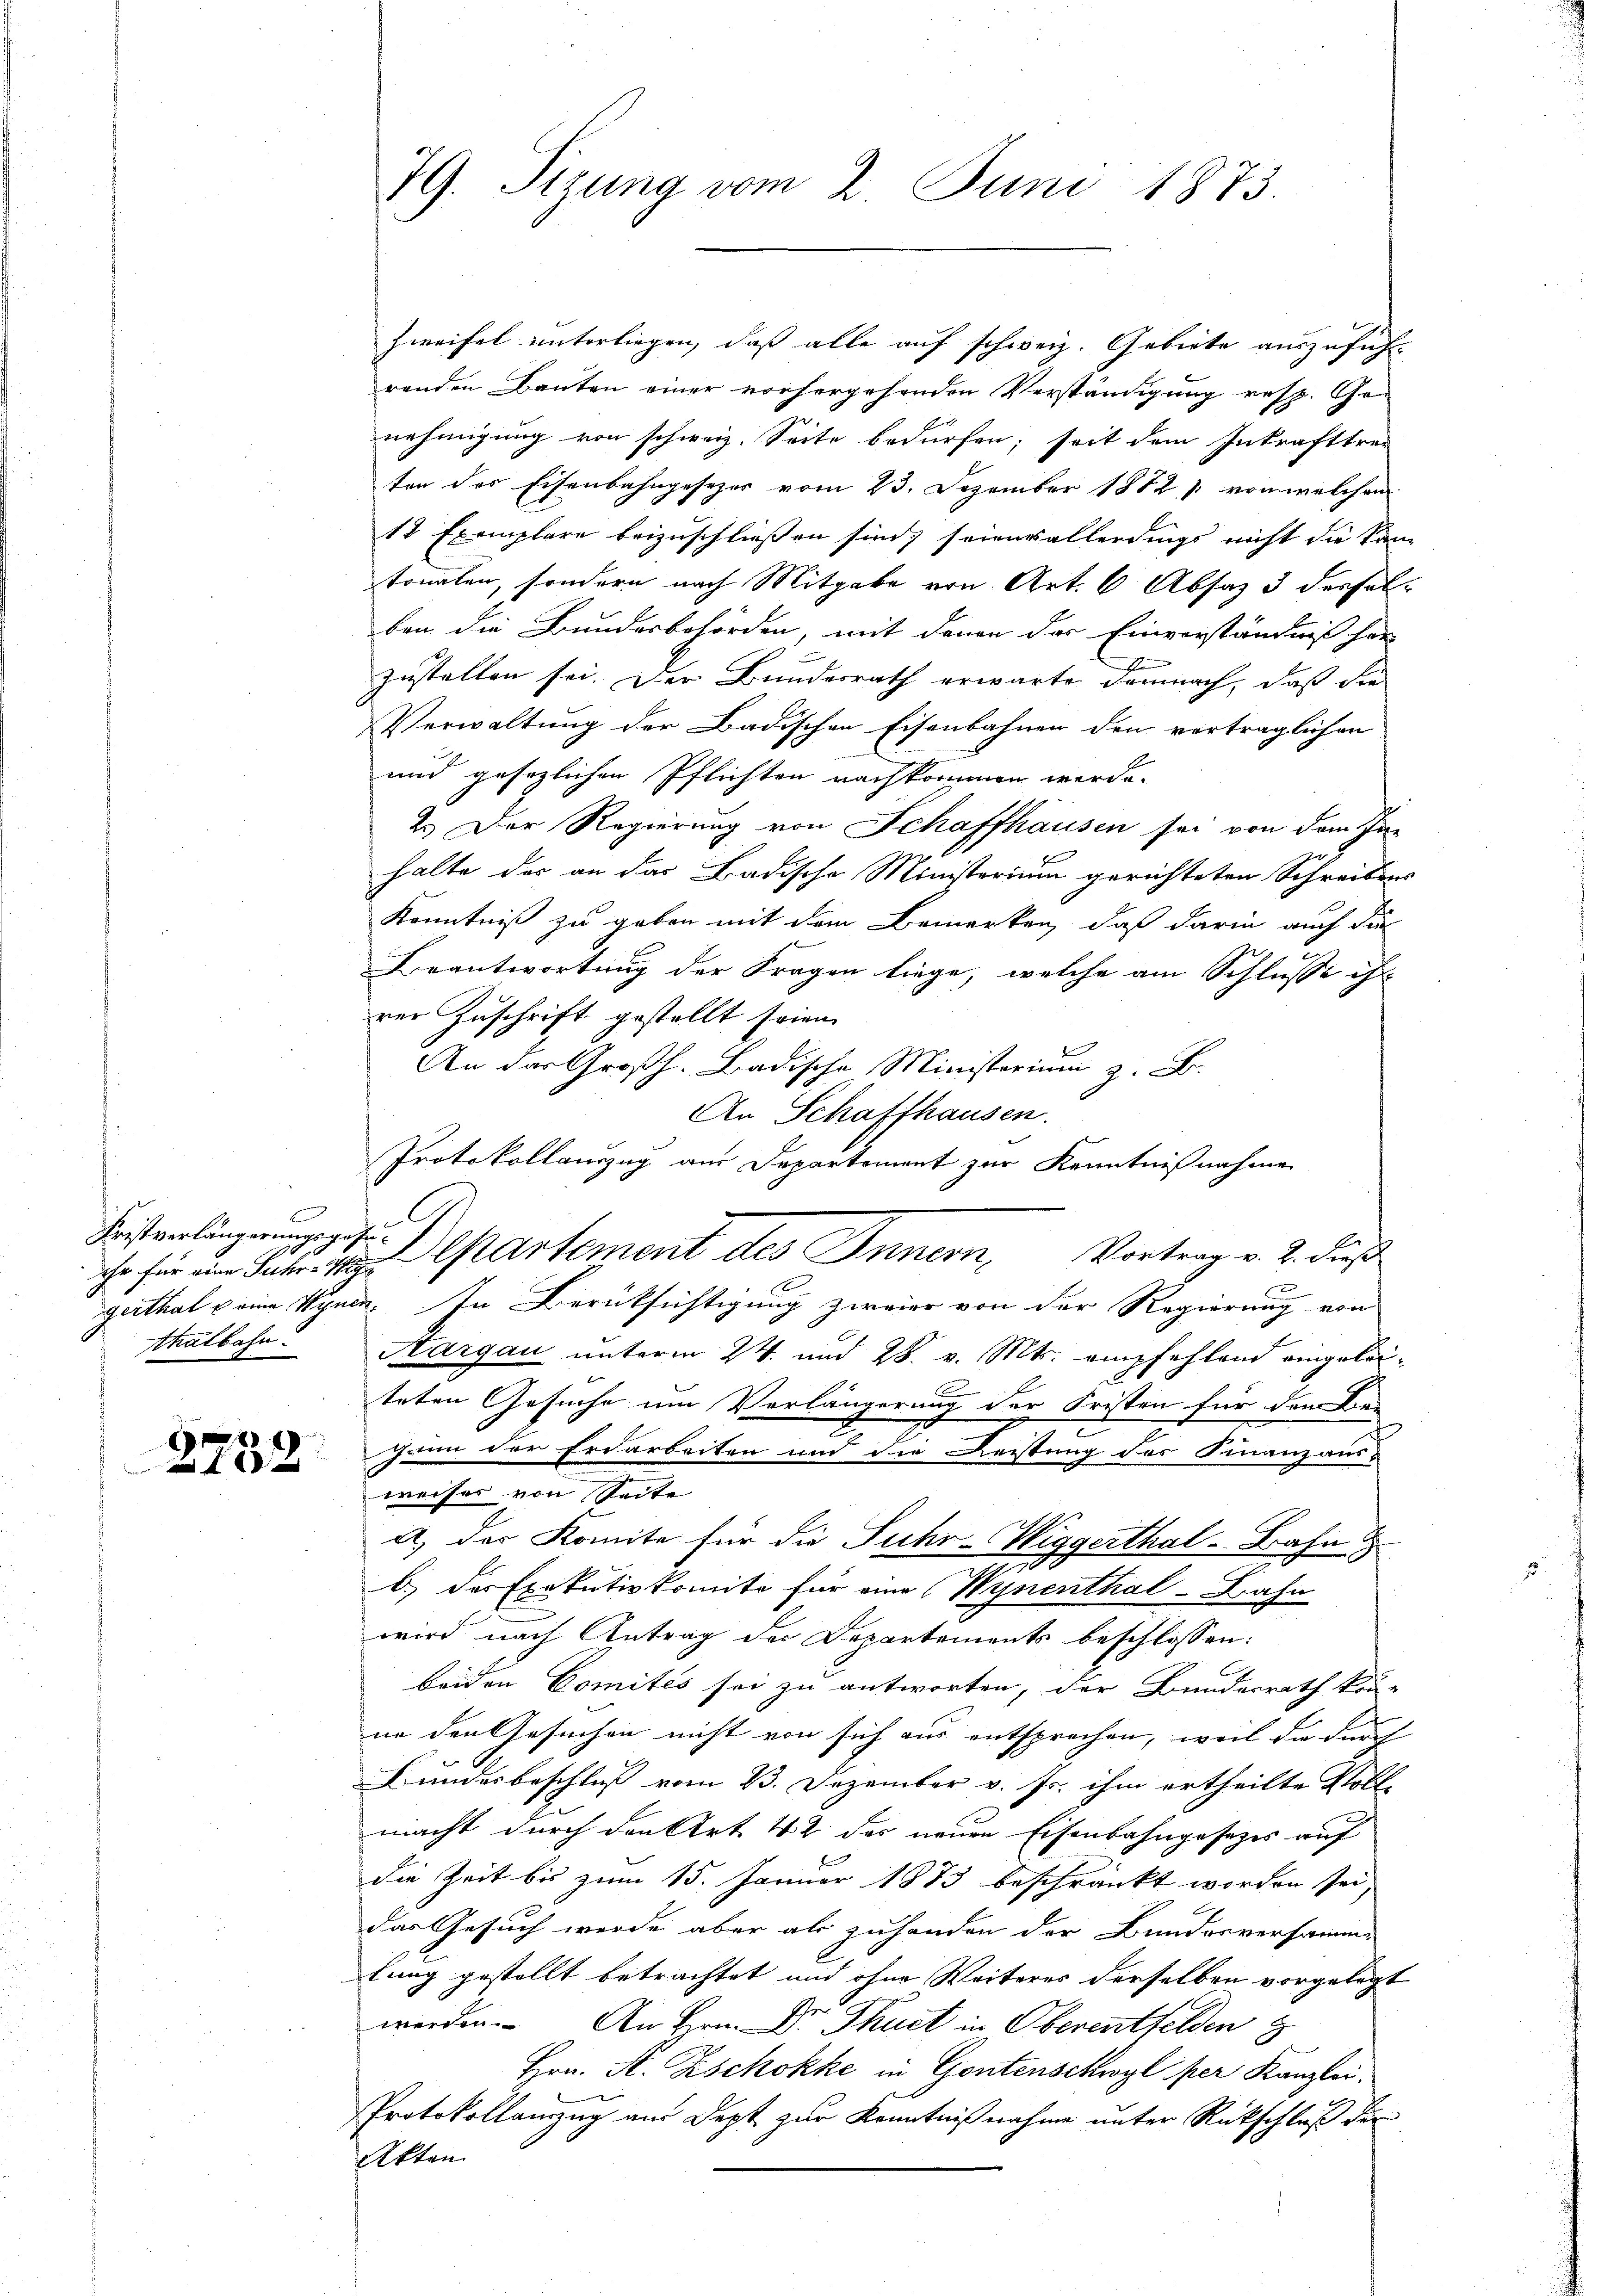
B
Fristverlängerungsgesu¬
3
e
Ahalbahn.

e
2732

Zweifel unterliegen, daß alle auf schweiz. Gebiete auszuführrenden Bauten einer vorhergehenden Verständigung resp. Genehmigung von schweiz. Seite bedürfen; seit dem Inkrafttre-
ten des Eisenbahngesezer vom 23. Dezember 1882, 1 von welchem
12 Exemplare beizuschließen sind, seienvallerdings nicht die Sam
tonalen, sondern nach Mitgabe von Art. 6 Absaz 3 desselben die Bundesbehörden, mit denen das Einverständniß her
zustellen sei. Der Bundesrath erwarte demnach, daß die
Verwaltung der Badischen Eisenbahnen den verträglichen
und gesezlichen Pflichten nachkommen werde.
2.) Der Regierung von Schaffhausen sei von dem In-
halte der an das Badische Ministerium gerichteten Schreibens
Kenntniß zu geben mit dem Bemerken, daß darin auch die
Beantwortung der Fragen liege, welche am Schlusse ihn
rer Zuschrift gestellt seien.
An der Großh. Badische Ministerium z. B.
An Schaffhausen.
Protokollauszug aus Departement zur Kenntnißnahme
che für ein Jahr partement des Innern, Vortrag v. 2. dieß
gerthal eine Wynen. In Berücksichtigung zweier von der Regierung von
Hargau unterm 24. und 28. v. Mts. empfehlend eingeleiteten Gesuche um Verlängerung der Fristen für den Bei
gann der Erdarbeiten und die Leistung des Finanz aus-
weises von Seite
a) der Komite für die Fuhr-Wiggerthal-Bahn
u
b) der Exekutivkomite für eine Wynenthal-Bahn
wird nach Antrag der Departements beschlossen:
beiden Comités sei zu antworten, der Bundesrath kön-
ne den Gesuchen nicht von sich aus entsprochen, weil da durch
Bundesbeschluß vom 23. Dezember v. Js. ihm ertheilte Voll-
macht durch den Art. 42 des neuen Eisenbahngesetzes auf
die Zeit bis zum 15. Januar 1873 beschränkt worden sei,
das Gesuch werde aber als zuhanden der Bundesversamm-
tung gestellt betrachtet und ohne Weiteres derselben vorgelegt
werden. An Hrn. Dr. Thuet in Oberentfelden z
Hrn. A. Zschokke in Gontenschwyl per Kanzlei.
Protokollanzug aus Dept zur Kenntnißnahme unter Rückschluß der
kten

79. Sizung vom 2. Juni 1873.

G